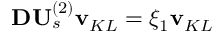
\mathbf { D } \mathbf { U } _ { s } ^ { ( 2 ) } \mathbf { v } _ { K L } = \xi _ { 1 } \mathbf { v } _ { K L }